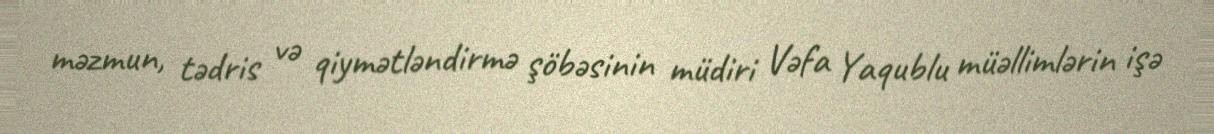
məzmun, tədris və qiymətləndirmə şöbəsinin müdiri Vəfa Yaqublu müəllimlərin işə